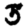
Digit: 3